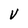
Character: v